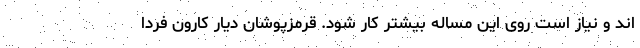
اند و نیاز است روی این مساله بیشتر کار شود. قرمزپوشان دیار کارون فردا